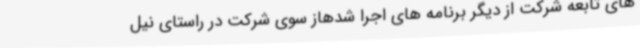
های تابعه شرکت از دیگر برنامه های اجرا شدهاز سوی شرکت در راستای نیل